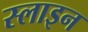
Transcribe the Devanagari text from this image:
स्लाइन